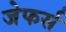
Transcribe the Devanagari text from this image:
जेफर्स